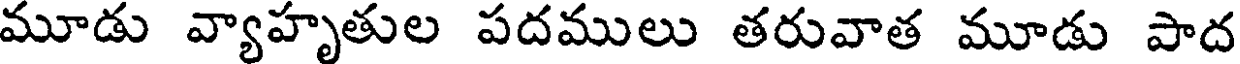
మూడు వ్యాహృతుల పదములు తరువాత మూడు పాద